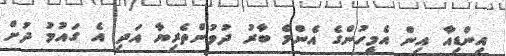
އިންޑިއާ އިން އެމީހުންގެ އެންމެ ބާރު ދުވުންތެރިޔާ އަދި އެ ގައުމު ދުށް